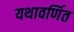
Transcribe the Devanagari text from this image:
यथावर्णित